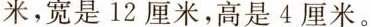
米，宽是12厘米，高是4厘米。